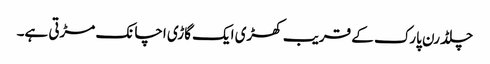
چلڈرن پارک کے قریب کھڑی ایک گاڑی اچانک مڑتی ہے۔